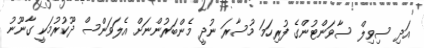
އަދި ސިވިލް ސާވަންޓުންގެ ފުރިހަމަ މުސާރަ ނުދީ މެންބަރުންނަށް އެލަވަންސް ދޫކުރުމަކީ ގާނޫނު